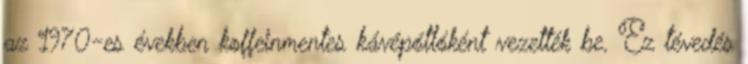
az 1970-es években koffeinmentes kávépótlóként vezették be. Ez tévedés